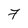
Character: 7